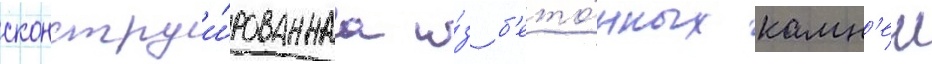
сконструи́рованнаа и́з б'ето́нных камн'еи